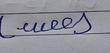
Signature authenticity: forged